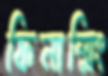
ফিনান্সিং